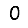
Digit: 0